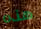
هذه